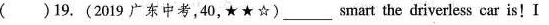
( ) 19.(2019广东中考,40,★ ★☆) ___ smart the driverless car is ! I